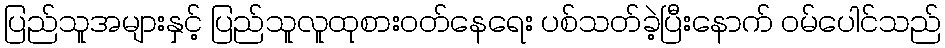
ပြည်သူအများနှင့် ပြည်သူလူထုစားဝတ်နေရေး ပစ်သတ်ခဲ့ပြီးနောက် ဝမ်ပေါင်သည်